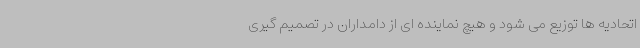
اتحادیه ها توزیع می شود و هیچ نماینده ای از دامداران در تصمیم گیری